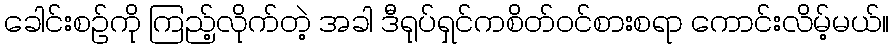
ခေါင်းစဉ်ကို ကြည့်လိုက်တဲ့ အခါ ဒီရုပ်ရှင်ကစိတ်ဝင်စားစရာ ကောင်းလိမ့်မယ်။